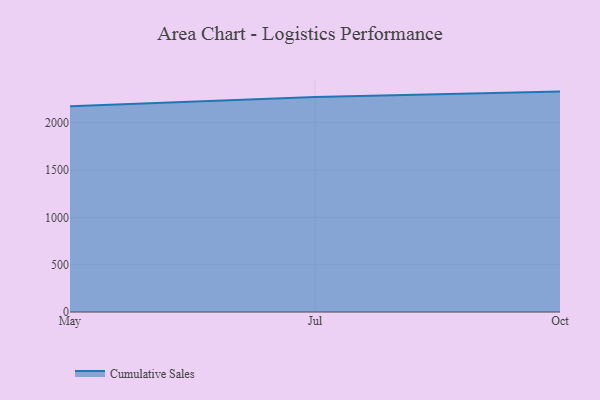
{"axis": {"x": "Month", "y": "Headcount"}, "legend": ["Cumulative Sales"], "data": [{"x": "May", "y": 2173.4, "type": "Cumulative Sales"}, {"x": "Jul", "y": 2271.4, "type": "Cumulative Sales"}, {"x": "Oct", "y": 2328.1, "type": "Cumulative Sales"}]}